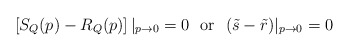
\begin{align*}\left[S_Q(p)-R_Q(p)\right]|_{p\to 0}=0 \ \ {\rm or} \ \ (\tilde{s}-\tilde{r})|_{p\to 0}=0\end{align*}